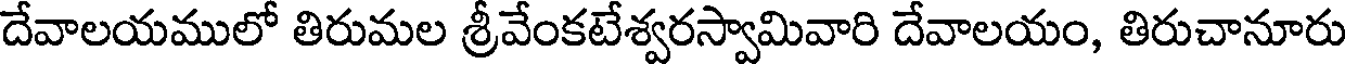
దేవాలయములో తిరుమల శ్రీవేంకటేశ్వరస్వామివారి దేవాలయం, తిరుచానూరు